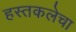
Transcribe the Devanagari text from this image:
हस्तकलेचा